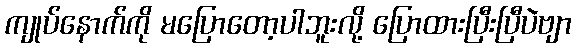
ကျုပ်နောက်ကို မပြောတော့ပါဘူးလို့ ပြောထားပြီးပြီပဲဗျာ